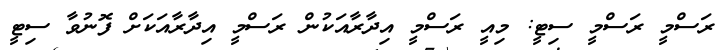
ރަސްމީ ރަސްމީ ސިޓީ: މިއީ ރަސްމީ އިދާރާއަކުން ރަސްމީ އިދާރާއަކަށް ފޮނުވާ ސިޓީ